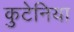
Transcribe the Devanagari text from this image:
कुटेनिया